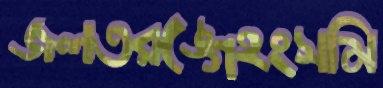
জলতরঙ্গেহংসমি